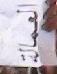
العمالة